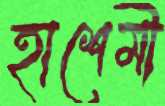
হাশেমী